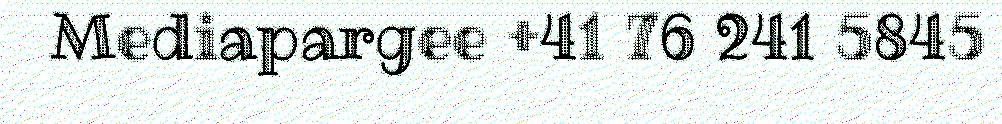
Mediapargee +41 76 241 5845